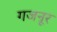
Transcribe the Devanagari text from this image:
गजनूर